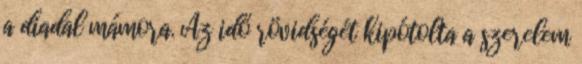
a diadal mámora. Az idő rövidségét kipótolta a szerelem